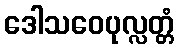
ဒေါသဝေပုလ္လတ္တံ